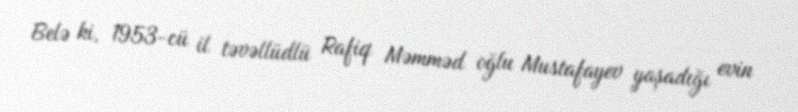
Belə ki, 1953-cü il təvəllüdlü Rafiq Məmməd oğlu Mustafayev yaşadığı evin